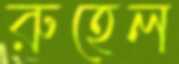
রুহেল